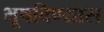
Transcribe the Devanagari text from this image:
भूषविण्यास